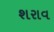
શરાવ